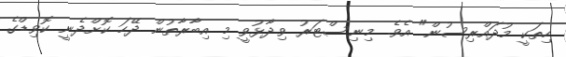
ހިތަކީ މުދައްރިސުން" އެވެ. މިނިސްޓަރު ވިދާޅުވީ މި އިބާރާތުން ދޭހަ ކޮށްދެނީ ކޮވިޑްގެ